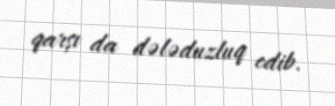
qarşı da dələduzluq edib.